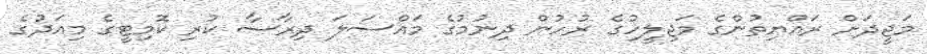
މަޖީދަށް ރައްޔިތުންގެ މަޖިލީހުގެ ރުހުން ދިނުމުގެ މައްސަލަ ދިރާސާ ކުރި ކޮމިޓީގެ މިއަދުގެ